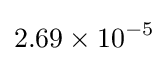
2.69\times 10^{-5}